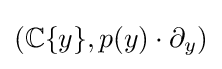
{\textstyle (\mathbb {C} \{y\},p(y)\cdot \partial _{y})}